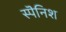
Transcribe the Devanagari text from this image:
स्पॆनिश